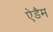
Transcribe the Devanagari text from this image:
ऐडैम